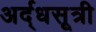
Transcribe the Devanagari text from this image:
अर्द्धसूत्री